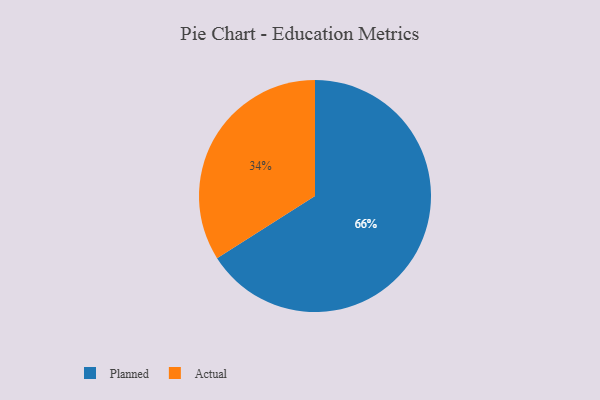
{"axis": {"x": "Category", "y": "Percentage"}, "legend": ["Actual", "Planned"], "data": [{"x": "Planned", "y": 66, "type": "Planned"}, {"x": "Actual", "y": 34, "type": "Actual"}]}